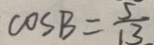
\cos B = \frac { 5 } { 1 3 }